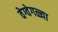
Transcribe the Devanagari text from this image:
वेग्वेगळ्या